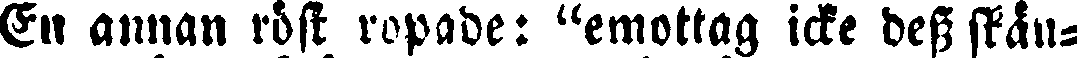
En annan röst ropade: "emottag icke dess skän-